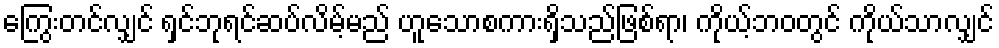
ကြွေးတင်လျှင် ရှင်ဘုရင်ဆပ်လိမ့်မည် ဟူသောစကားရှိသည်ဖြစ်ရာ၊ ကိုယ့်ဘဝတွင် ကိုယ်သာလျှင်